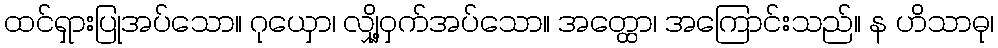
ထင်ရှားပြုအပ်သော။ ဂုယှော၊ လျှို့ဝှက်အပ်သော။ အတ္ထော၊ အကြောင်းသည်။ န ဟိသာဓု၊